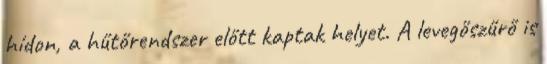
hídon, a hűtőrendszer előtt kaptak helyet. A levegőszűrő is